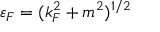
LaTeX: \varepsilon _ { F } = ( k _ { F } ^ { 2 } + m ^ { 2 } ) ^ { 1 / 2 }